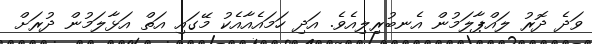
ވަދެ ދޮރު ލައްޕާލަމުން އެނބުރިލިއެވެ. އަދި ހަމައެއާއެކު މޭގައި އަތް އަޅާލަމުން ދުރަށް